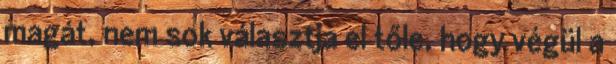
magát, nem sok választja el tőle, hogy végül a